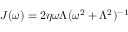
J ( \omega ) = 2 \eta { \omega \Lambda } ( \omega ^ { 2 } + \Lambda ^ { 2 } ) ^ { - 1 }